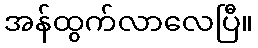
အန်ထွက်လာလေပြီ။